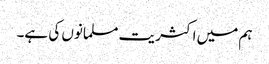
ہم میں اکثریت مسلمانوں کی ہے۔